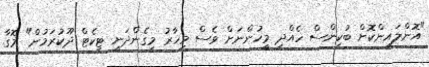
"އޮންލައިންކޮށް ބުކިންސް ހެެއްދި މީހުންނަށް ވެސް މިހާރު މިގެންދަނީ ޓިކެޓް ދޫކުރަމުން" މޮގާ